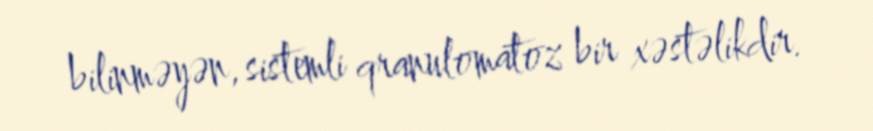
bilinməyən, sistemli qranulomatoz bir xəstəlikdir.